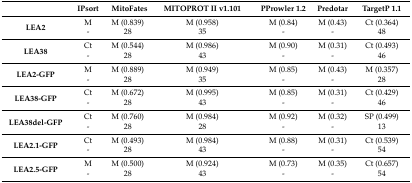
<table><thead><tr><td></td><td><b>IPsort</b></td><td><b>MitoFates</b></td><td><b>MITOPROT II v1.101</b></td><td><b>PProwler 1.2</b></td><td><b>Predotar</b></td><td><b>TargetP 1.1</b></td></tr></thead><tbody><tr><td rowspan="2"><b>LEA2</b></td><td>M</td><td>M (0.839)</td><td>M (0.958)</td><td>M (0.84)</td><td>M (0.43)</td><td>Ct (0.364)</td></tr><tr><td>-</td><td>28</td><td>35</td><td>-</td><td>-</td><td>48</td></tr><tr><td rowspan="2"><b>LEA38</b></td><td>Ct</td><td>M (0.544)</td><td>M (0.986)</td><td>M (0.90)</td><td>M (0.31)</td><td>Ct (0.493)</td></tr><tr><td>-</td><td>28</td><td>43</td><td>-</td><td>-</td><td>46</td></tr><tr><td rowspan="2"><b>LEA2-GFP</b></td><td>M</td><td>M (0.889)</td><td>M (0.949)</td><td>M (0.85)</td><td>M (0.43)</td><td>M (0.357)</td></tr><tr><td>-</td><td>28</td><td>35</td><td>-</td><td>-</td><td>28</td></tr><tr><td rowspan="2"><b>LEA38-GFP</b></td><td>Ct</td><td>M (0.672)</td><td>M (0.995)</td><td>M (0.85)</td><td>M (0.31)</td><td>Ct (0.429)</td></tr><tr><td>-</td><td>28</td><td>43</td><td>-</td><td>-</td><td>46</td></tr><tr><td rowspan="2"><b>LEA38del-GFP</b></td><td>Ct</td><td>M (0.760)</td><td>M (0.984)</td><td>M (0.92)</td><td>M (0.32)</td><td>SP (0.499)</td></tr><tr><td>-</td><td>28</td><td>28</td><td>-</td><td>-</td><td>13</td></tr><tr><td rowspan="2"><b>LEA2.1-GFP</b></td><td>Ct</td><td>M (0.493)</td><td>M (0.984)</td><td>M (0.88)</td><td>M (0.31)</td><td>Ct (0.539)</td></tr><tr><td>-</td><td>28</td><td>43</td><td>-</td><td>-</td><td>54</td></tr><tr><td rowspan="2"><b>LEA2.5-GFP</b></td><td>M</td><td>M (0.500)</td><td>M (0.924)</td><td>M (0.73)</td><td>M (0.35)</td><td>Ct (0.657)</td></tr><tr><td>-</td><td>28</td><td>43</td><td>-</td><td>-</td><td>54</td></tr></tbody></table>